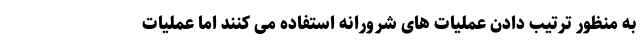
به منظور ترتیب دادن عملیات های شرورانه استفاده می کنند اما عملیات